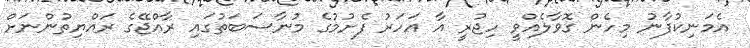
އެމަނިކުފާނު މިހެން ގޮވާލެއްވީ ހިޖުރީ އާ އަހަރު ފެށުމުގެ މުނާސަބަތުގައި ރާއްޖޭގެ ރައްޔިތުންނަށް